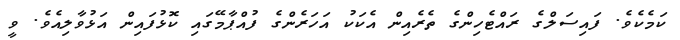
ކަމެކެވެ. ފައިސަލްގެ ރައްޓެހިންގެ ތެރެއިން އެކަކު އަހަރެންގެ ފުއްޕާމޭގައި ކޮޅުފައިން އަޅުވާލިއެވެ. ވީ